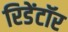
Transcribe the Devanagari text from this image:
रिडेंटॉर